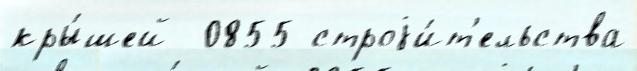
кры́шей  0855 строjи́т'ельства